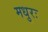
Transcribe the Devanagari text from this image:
मधुरः